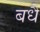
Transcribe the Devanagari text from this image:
बधै